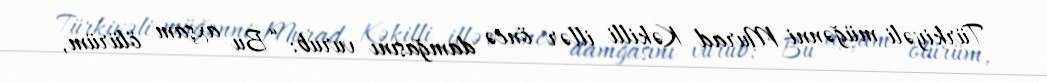
Türkiyəli müğənni Murad Kəkilli illər öncə damğasını vurub: “Bu axşam ölürüm,